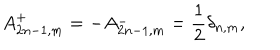
LaTeX: A _ { 2 n - 1 , m } ^ { + } = - A _ { 2 n - 1 , m } ^ { - } = \frac { 1 } { 2 } \delta _ { n , m } ,